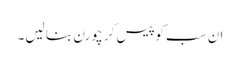
ان سب کو پیس کر چورن بنا لیں۔